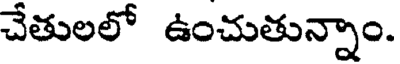
చేతులలో ఉంచుతున్నాం.